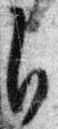
自